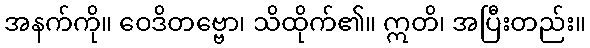
အနက်ကို။ ဝေဒိတဗ္ဗော၊ သိထိုက်၏။ ဣတိ၊ အပြီးတည်း။